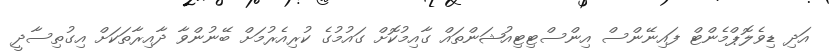
އަދި ޑިވެލޮޕްމެންޓް ފައިނޭންސް އިންސްޓިޓިއުޝަންތައް ގާއިމުކޮށް ގައުމުގެ ކުރިއެރުމަށް ބޭނުންވާ ދާއިރާތަކަށް އިގުތިސާދީ